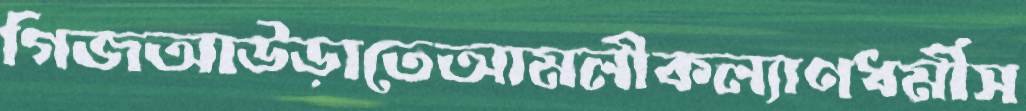
গিজআউড়াতেআমলীকল্যাণধর্মীস